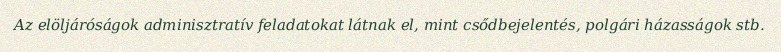
Az elöljáróságok adminisztratív feladatokat látnak el, mint csődbejelentés, polgári házasságok stb.